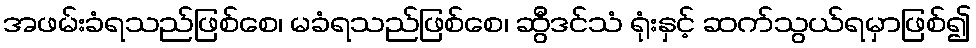
အဖမ်းခံရသည်ဖြစ်စေ၊ မခံရသည်ဖြစ်စေ၊ ဆွီဒင်သံ ရုံးနှင့် ဆက်သွယ်ရမှာဖြစ်၍